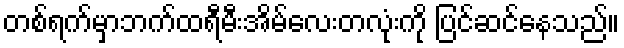
တစ်ရက်မှာဘက်ထရီမီးအိမ်လေးတလုံးကို ပြင်ဆင်နေသည်။